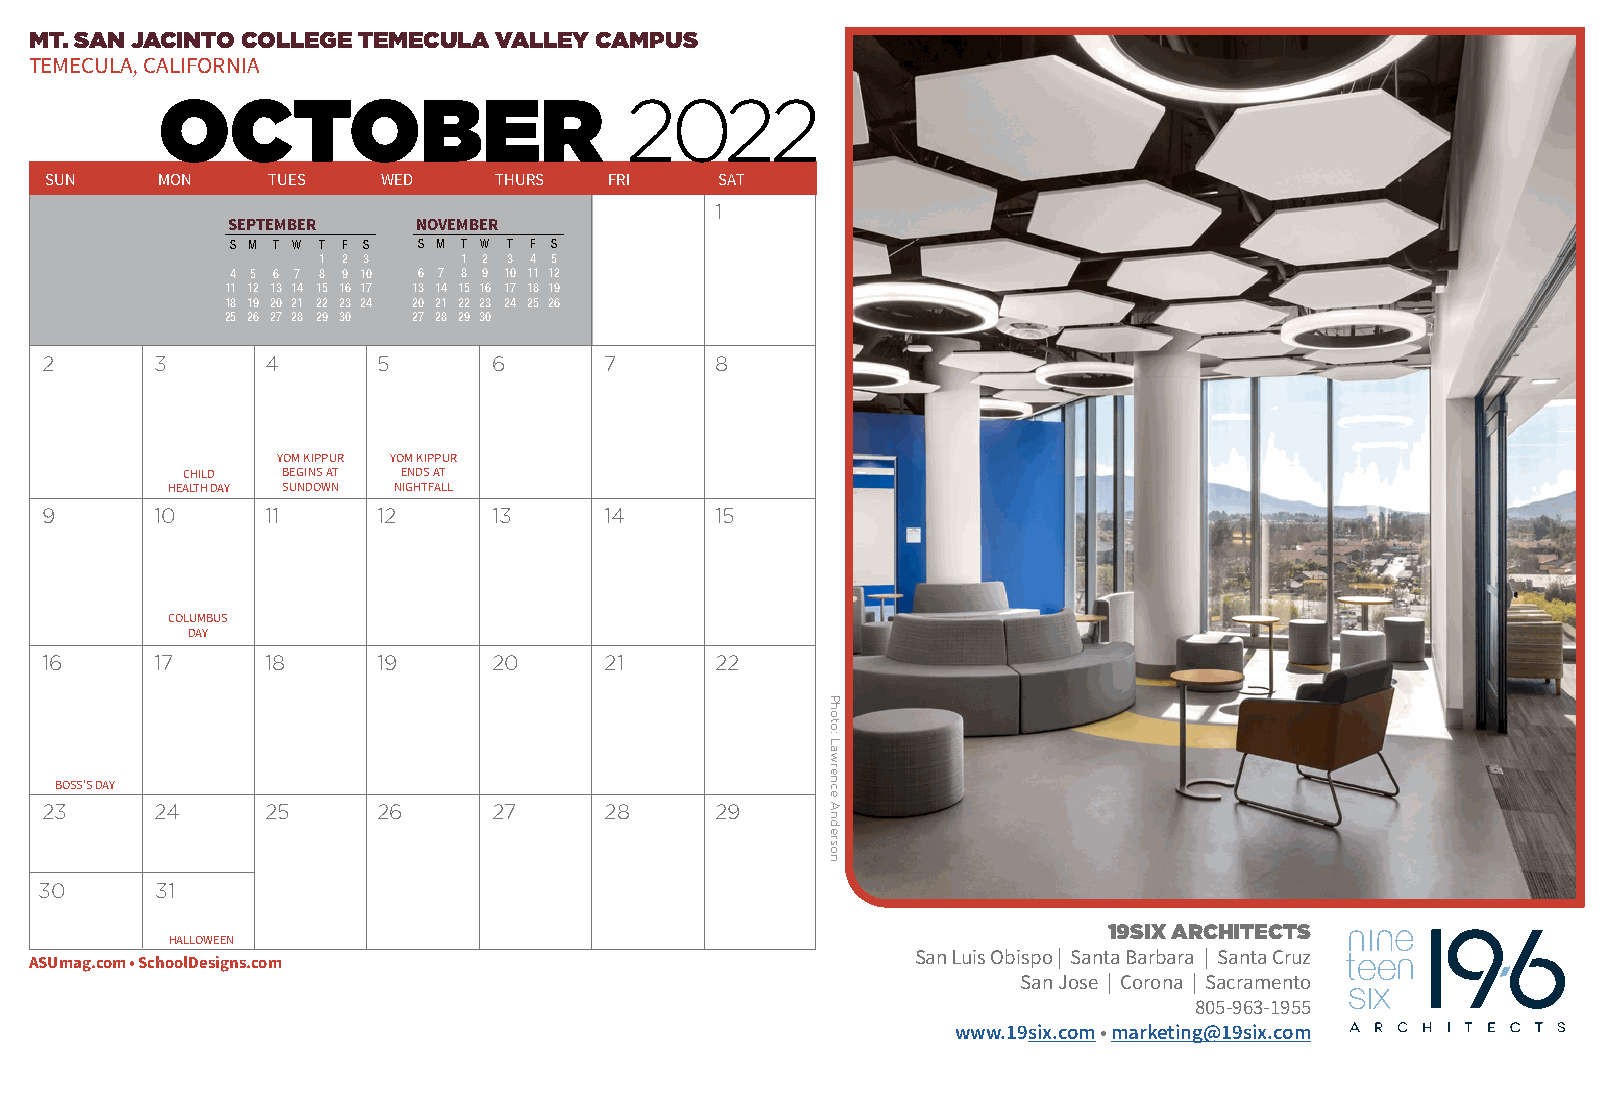
MT. SAN JACINTO COLLEGE TEMECULA VALLEY CAMPUS
 TEMECULA, CALIFORNIA
 2022
 OCTOBER
 SUN    MON     TUES   WED     THURS  FRI     SAT
 1
 SEPTEMBER    NOVEMBER
 S M T W T F S S M T W T F S
 1 2 3     1 2 3 4 5
 4 5 6 7 8 9 10 6 7 8 9 10 11 12
 11 12 13 14 15 16 17 13 14 15 16 17 18 19
 18 19 20 21 22 23 24 20 21 22 23 24 25 26
 25 26 27 28 29 30 27 28 29 30
 2      3       4      5       6      7      8
 YOM KIPPUR YOM KIPPUR
 CHILD  BEGINS AT ENDS AT
 HEALTH DAY SUNDOWN NIGHTFALL
 9      10      11     12      13     14     15
 COLUMBUS
 DAY
 16     17      18     19      20     21     22
 BOSS’S DAY
 23     24      25     26      27     28     29
 30     31
 19SIX ARCHITECTS
 HALLOWEEN
 San Luis Obispo | Santa Barbara | Santa Cruz
 ASUmag.com • SchoolDesigns.com
 San Jose | Corona | Sacramento
 805-963-1955
 www.19six.com • marketing@19six.com
 Photo:
 Lawrence
 Anderson